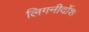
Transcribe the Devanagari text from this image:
लिगनीर्दोश